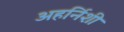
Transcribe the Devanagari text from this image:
अहर्निशी